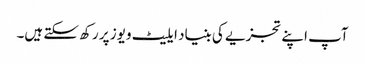
آپ اپنے تجزیے کی بنیاد ایلیٹ ویوز پر رکھ سکتے ہیں۔